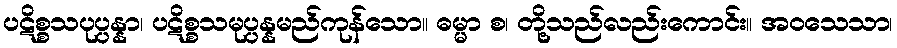
ပဋိစ္စသပုပ္ပန္နာ၊ ပဋိစ္စသမုပ္ပန္နမည်ကုန်သော။ ဓမ္မာ စ၊ တို့သည်လည်းကောင်း။ အဝသေသာ၊